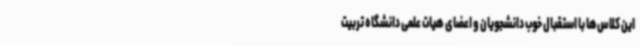
این کلاس‌ها با استقبال خوب دانشجویان و اعضای هیات علمی دانشگاه تربیت